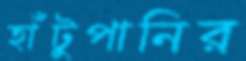
হাঁটুপানির